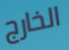
الخارج